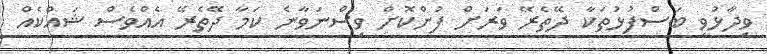
ވިދާޅުވި ބަސްފުޅުތަކާ ދޭތެރޭ ވަރަށް ފުންކޮށް ވިސްނަވާނެ ކަމާ ދޭތެރޭ އެއްވެސް ޝައްކެއް